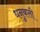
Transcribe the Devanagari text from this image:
धनुकली